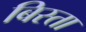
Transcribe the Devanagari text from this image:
बिस्ता